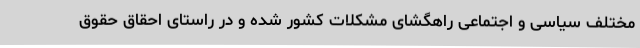
مختلف سیاسی و اجتماعی راهگشای مشکلات کشور شده و در راستای احقاق حقوق